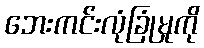
ဘေးကင်းလုံခြုံမှုကို